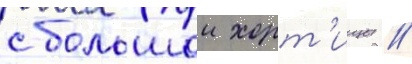
с большои хорт'ицы //